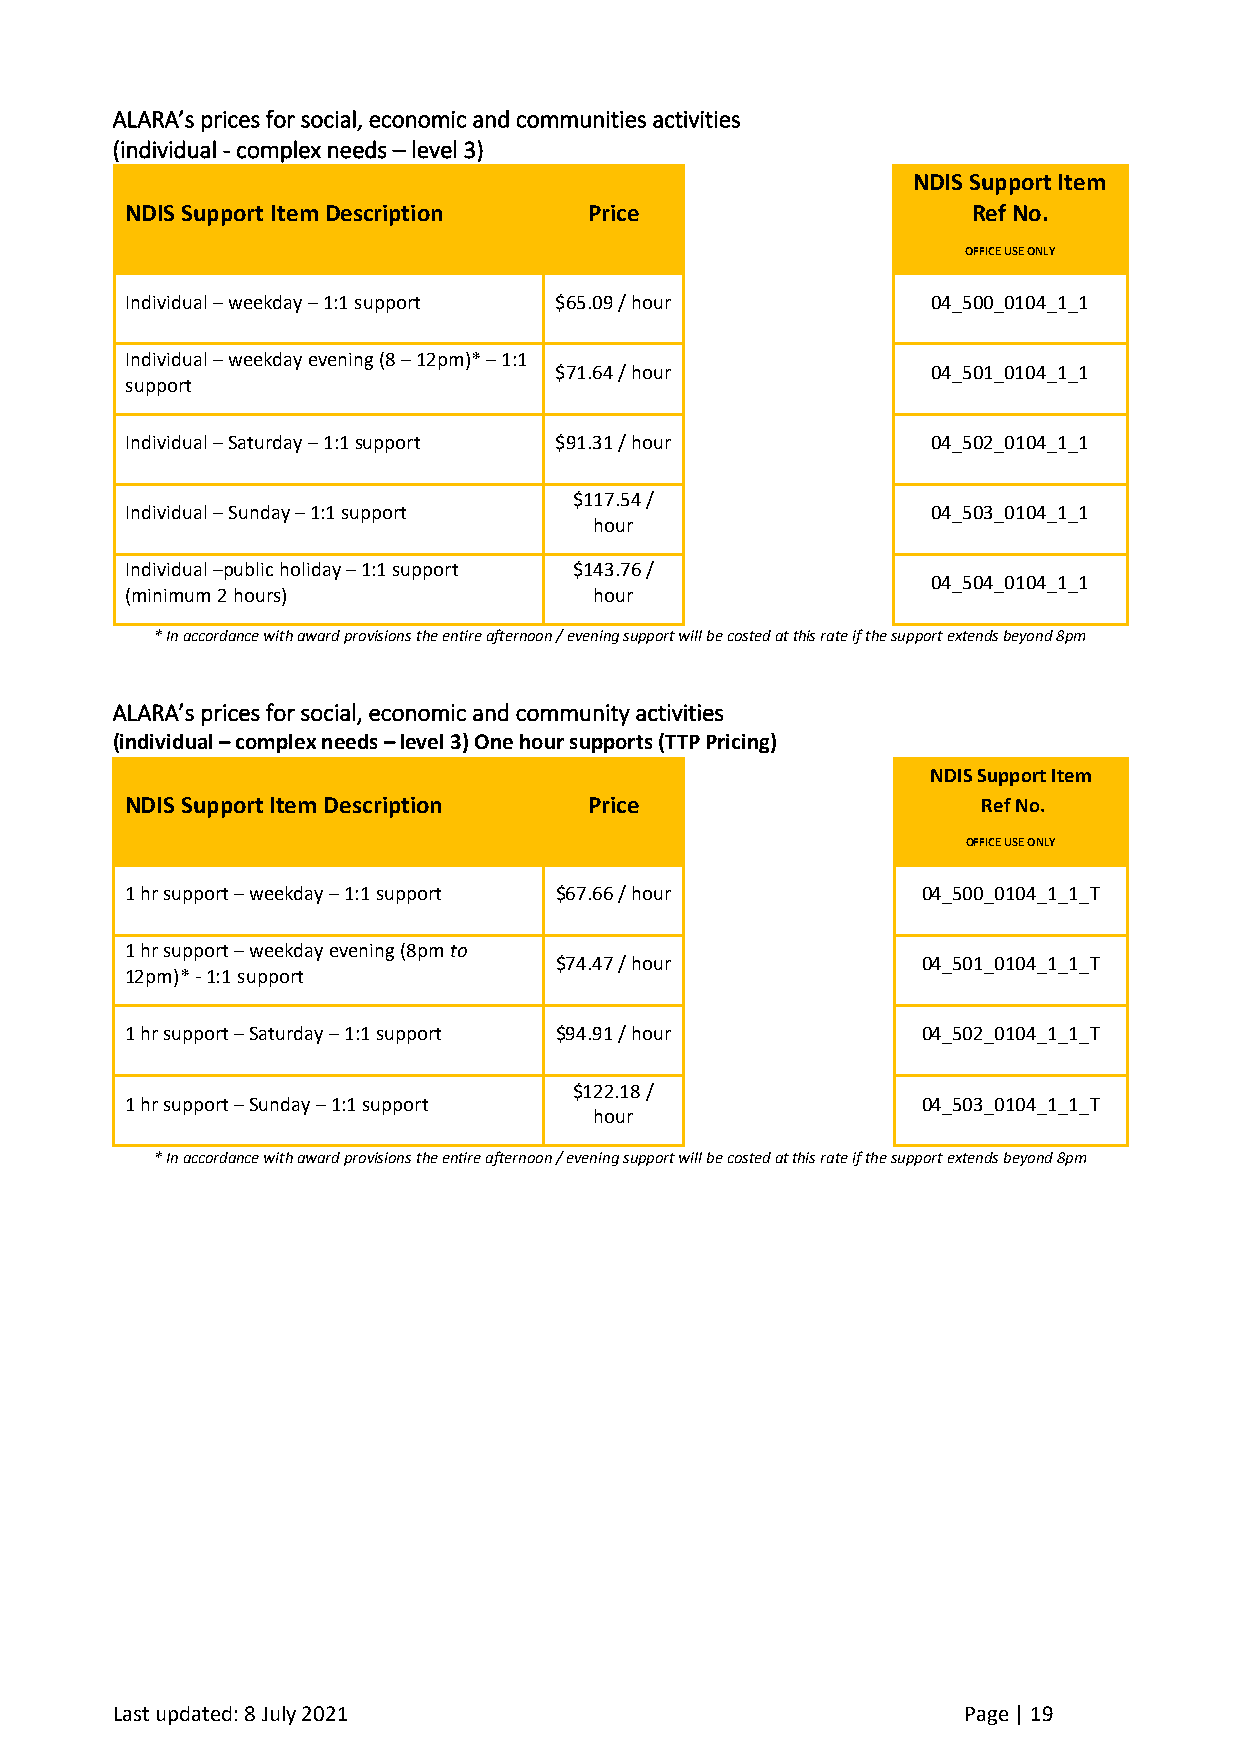
ALARA’s prices for social, economic and communities activities
 (individual - complex needs – level 3)
 NDIS Support Item
 NDIS Support Item Description  Price                    Ref No.
 OFFICE USE ONLY
 Individual – weekday – 1:1 support $65.09 / hour      04_500_0104_1_1
 Individual – weekday evening (8 – 12pm)* – 1:1
 $71.64 / hour            04_501_0104_1_1
 support
 Individual – Saturday – 1:1 support $91.31 / hour     04_502_0104_1_1
 $117.54 /
 Individual – Sunday – 1:1 support                     04_503_0104_1_1
 hour
 Individual –public holiday – 1:1 support $143.76 /
 04_504_0104_1_1
 (minimum 2 hours)              hour
 * In accordance with award provisions the entire afternoon / evening support will be costed at this rate if the support extends beyond 8pm
 ALARA’s prices for social, economic and community activities
 (individual – complex needs – level 3) One hour supports (TTP Pricing)
 NDIS Support Item
 NDIS Support Item Description  Price                     Ref No.
 OFFICE USE ONLY
 1 hr support – weekday – 1:1 support $67.66 / hour   04_500_0104_1_1_T
 1 hr support – weekday evening (8pm to
 $74.47 / hour           04_501_0104_1_1_T
 12pm)* - 1:1 support
 1 hr support – Saturday – 1:1 support $94.91 / hour  04_502_0104_1_1_T
 $122.18 /
 1 hr support – Sunday – 1:1 support                  04_503_0104_1_1_T
 hour
 * In accordance with award provisions the entire afternoon / evening support will be costed at this rate if the support extends beyond 8pm
 Last updated: 8 July 2021                                Page | 19